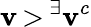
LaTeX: \mathbf{v}\, {>}\, ^{\exists}\mathbf{v}^{c}